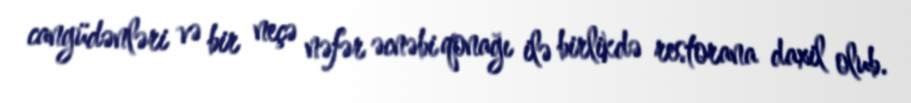
cangüdənləri və bir neçə nəfər əcnəbi qonağı ilə birlikdə restorana daxil olub.